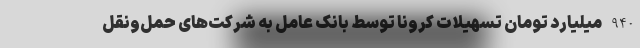
940 میلیارد تومان تسهیلات کرونا توسط بانک عامل به شرکت‌های حمل‌ونقل